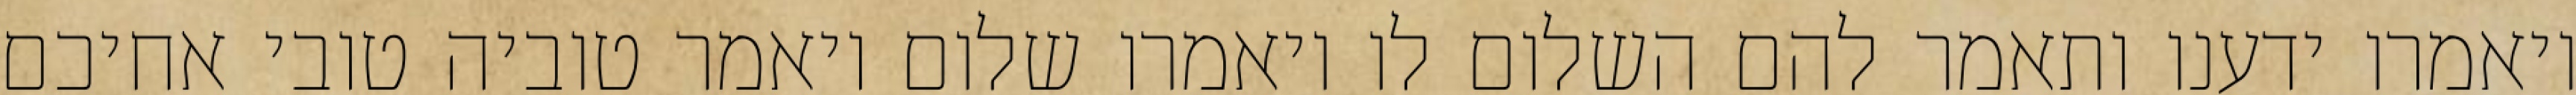
ויאמרו ידענו ותאמר להם השלום לו ויאמרו שלום ויאמר טוביה טובי אחיכם